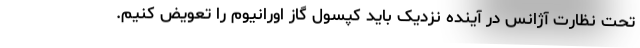
تحت نظارت آژانس در آینده نزدیک باید کپسول گاز اورانیوم را تعویض کنیم.